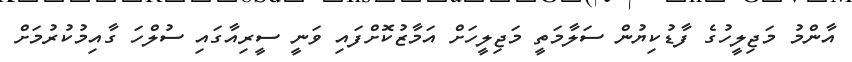
އާންމު މަޖިލީހުގެ ފާޑުކިޔުން ސަލާމަތީ މަޖިލީހަށް އަމާޒުކޮށްފައި ވަނީ ސީރިއާގައި ސުލްހަ ގާއިމުކުރުމަށް